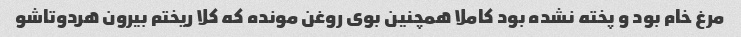
مرغ خام بود و پخته نشده بود کاملا همچنین بوی روغن مونده که کلا ریختم بیرون هردوتاشو